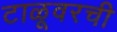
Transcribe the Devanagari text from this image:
टाळूवरची